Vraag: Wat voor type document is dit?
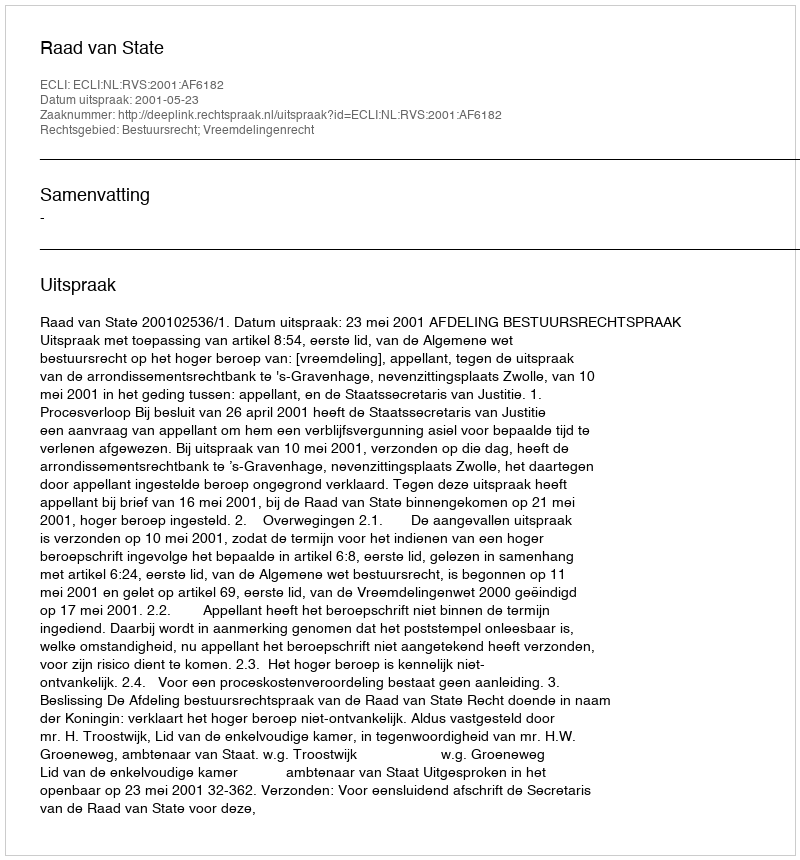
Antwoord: Uitspraak